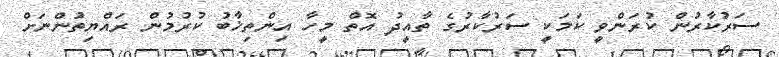
ސަރުކާރުން ކުރަންވީ ކަމަކީ ސަރުކާރުގެ ތާއީދު އޮތް މީހާ އިންތިޚާބު ކުރުމުން ރައްޔިތުންނަށް